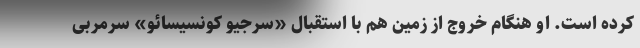
کرده است. او هنگام خروج از زمین هم با استقبال «سرجیو کونسیسائو» سرمربی